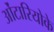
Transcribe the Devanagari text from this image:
ओंटारियोके